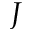
J